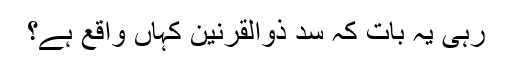
رہی یہ بات کہ سدِ ذوالقرنین کہاں واقع ہے؟